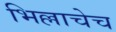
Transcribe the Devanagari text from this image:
भिल्लाचेच